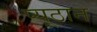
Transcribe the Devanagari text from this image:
प्यूठान